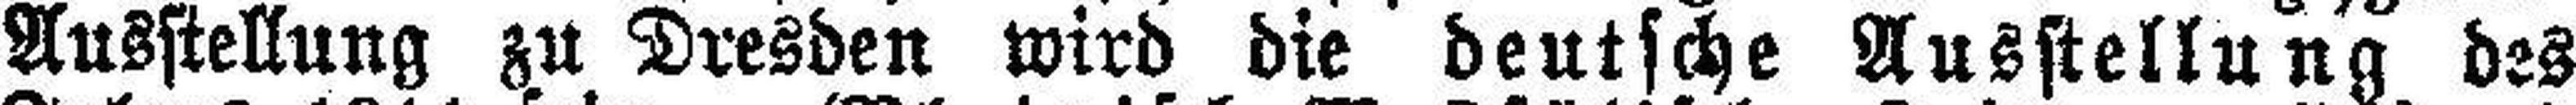
Ausstellung zu Dresden wird die deutsche Ausstellung des